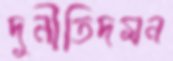
দুর্নীতিদমন